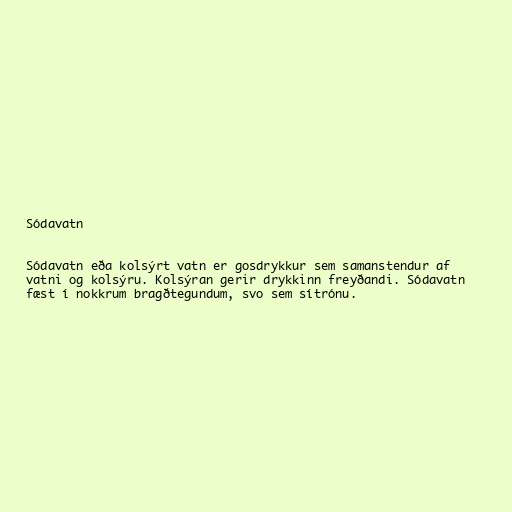
Sódavatn

Sódavatn eða kolsýrt vatn er gosdrykkur sem samanstendur af
vatni og kolsýru. Kolsýran gerir drykkinn freyðandi. Sódavatn
fæst í nokkrum bragðtegundum, svo sem sítrónu.